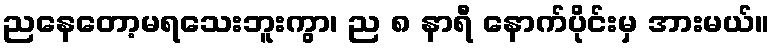
ညနေတော့မရသေးဘူးကွာ၊ ည ၈ နာရီ နောက်ပိုင်းမှ အားမယ်။